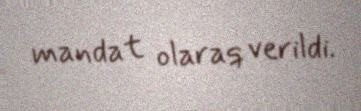
mandat olaraq verildi.